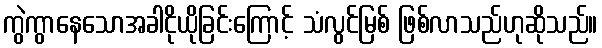
ကွဲကွာနေသောအခါငိုယိုခြင်းကြောင့် သံလွင်မြစ် ဖြစ်လာသည်ဟုဆိုသည်။